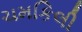
ચમકિલી